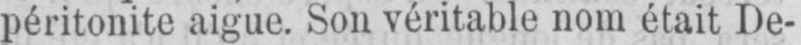
péritonite aigue. Son véritable nom était De-